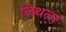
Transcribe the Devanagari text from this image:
जिथला